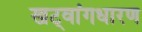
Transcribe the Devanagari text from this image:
खट्‌वांगधारण